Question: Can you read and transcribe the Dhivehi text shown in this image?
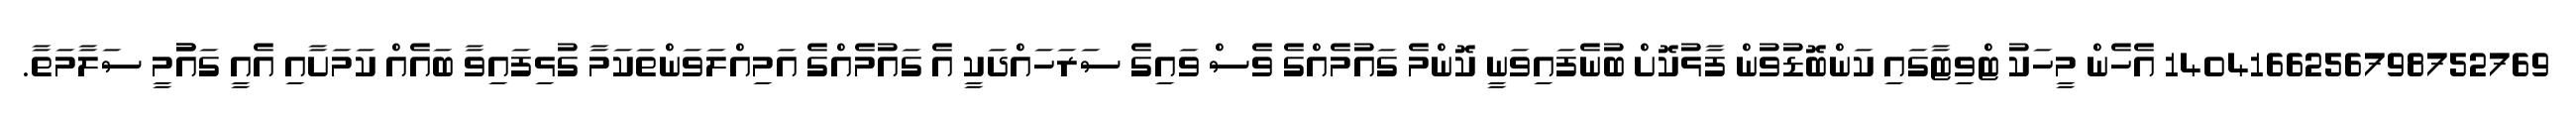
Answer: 1404166256798752769 އެހެން މީހަކު ޓްވިޓާގައި ކަންބޮޑުވުން ފާޅުކޮށް ބުނެފައިވަނީ ކޮންމެ ގައުމެއްގެ ވެސް ވައިގެ ސަރަހައްދަކީ އެ ގައުމެއްގެ އަމިއްލަވަންތަކަމާ ގުޅިފައިވާ ބައެއް ކަމަށާއި އެއީ ގައުުމީ ސަލާމަތާ.